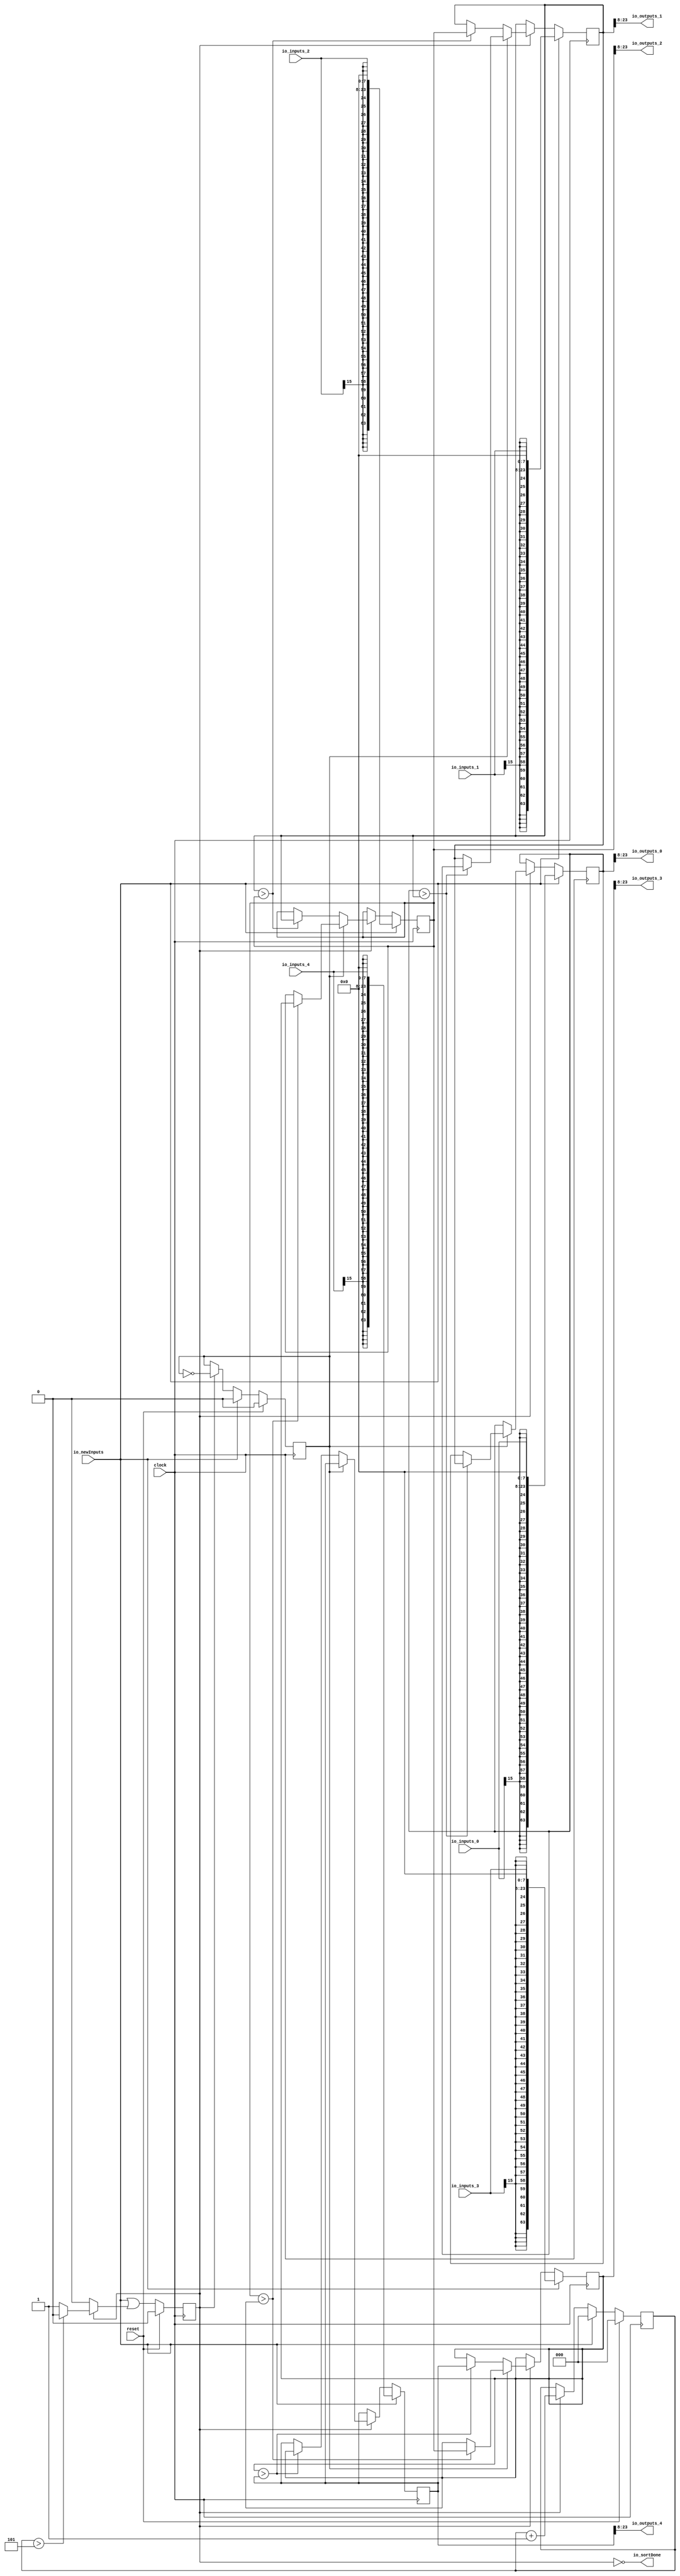
module Sort(
  input         clock,
  input         reset,
  input  [15:0] io_inputs_0,
  input  [15:0] io_inputs_1,
  input  [15:0] io_inputs_2,
  input  [15:0] io_inputs_3,
  input  [15:0] io_inputs_4,
  input         io_newInputs,
  output [15:0] io_outputs_0,
  output [15:0] io_outputs_1,
  output [15:0] io_outputs_2,
  output [15:0] io_outputs_3,
  output [15:0] io_outputs_4,
  output        io_sortDone
);
`ifdef RANDOMIZE_REG_INIT
  reg [63:0] _RAND_0;
  reg [63:0] _RAND_1;
  reg [63:0] _RAND_2;
  reg [63:0] _RAND_3;
  reg [63:0] _RAND_4;
  reg [31:0] _RAND_5;
  reg [31:0] _RAND_6;
  reg [31:0] _RAND_7;
`endif // RANDOMIZE_REG_INIT
  reg [63:0] orderedRegs_0; // @[Sort.scala 21:25]
  reg [63:0] orderedRegs_1; // @[Sort.scala 21:25]
  reg [63:0] orderedRegs_2; // @[Sort.scala 21:25]
  reg [63:0] orderedRegs_3; // @[Sort.scala 21:25]
  reg [63:0] orderedRegs_4; // @[Sort.scala 21:25]
  reg  busy; // @[Sort.scala 22:29]
  reg [2:0] sortCounter; // @[Sort.scala 23:29]
  reg  isEvenCycle; // @[Sort.scala 24:29]
  wire [2:0] _T_45 = sortCounter + 3'h1; // @[Sort.scala 37:32]
  wire  _GEN_0 = sortCounter > 3'h5 ? 1'h0 : busy; // @[Sort.scala 38:37 Sort.scala 39:12 Sort.scala 22:29]
  wire  _GEN_16 = busy ? _GEN_0 : busy; // @[Sort.scala 34:19 Sort.scala 22:29]
  wire [23:0] _GEN_30 = {$signed(io_inputs_0), 8'h0}; // @[Sort.scala 26:22 Sort.scala 28:60]
  wire [23:0] _GEN_31 = {$signed(io_inputs_1), 8'h0}; // @[Sort.scala 26:22 Sort.scala 28:60]
  wire [23:0] _GEN_32 = {$signed(io_inputs_2), 8'h0}; // @[Sort.scala 26:22 Sort.scala 28:60]
  wire [23:0] _GEN_33 = {$signed(io_inputs_3), 8'h0}; // @[Sort.scala 26:22 Sort.scala 28:60]
  wire [23:0] _GEN_34 = {$signed(io_inputs_4), 8'h0}; // @[Sort.scala 26:22 Sort.scala 28:60]
  wire  _GEN_27 = io_newInputs | _GEN_16; // @[Sort.scala 26:22 Sort.scala 30:10]
  wire [55:0] _GEN_35 = orderedRegs_0[63:8]; // @[Sort.scala 68:9]
  wire [55:0] _GEN_37 = orderedRegs_1[63:8]; // @[Sort.scala 68:9]
  wire [55:0] _GEN_39 = orderedRegs_2[63:8]; // @[Sort.scala 68:9]
  wire [55:0] _GEN_41 = orderedRegs_3[63:8]; // @[Sort.scala 68:9]
  wire [55:0] _GEN_43 = orderedRegs_4[63:8]; // @[Sort.scala 68:9]
  assign io_outputs_0 = _GEN_35[15:0]; // @[Sort.scala 68:9]
  assign io_outputs_1 = _GEN_37[15:0]; // @[Sort.scala 68:9]
  assign io_outputs_2 = _GEN_39[15:0]; // @[Sort.scala 68:9]
  assign io_outputs_3 = _GEN_41[15:0]; // @[Sort.scala 68:9]
  assign io_outputs_4 = _GEN_43[15:0]; // @[Sort.scala 68:9]
  assign io_sortDone = ~busy; // @[Sort.scala 64:18]
  always @(posedge clock) begin
    if (io_newInputs) begin // @[Sort.scala 26:22]
      orderedRegs_0 <= {{40{_GEN_30[23]}},_GEN_30}; // @[Sort.scala 28:60]
    end else if (busy) begin // @[Sort.scala 34:19]
      if (isEvenCycle) begin // @[Sort.scala 42:23]
        if ($signed(orderedRegs_0) > $signed(orderedRegs_1)) begin // @[Sort.scala 45:29]
          orderedRegs_0 <= orderedRegs_1; // @[Sort.scala 46:18]
        end
      end
    end
    if (io_newInputs) begin // @[Sort.scala 26:22]
      orderedRegs_1 <= {{40{_GEN_31[23]}},_GEN_31}; // @[Sort.scala 28:60]
    end else if (busy) begin // @[Sort.scala 34:19]
      if (isEvenCycle) begin // @[Sort.scala 42:23]
        if ($signed(orderedRegs_0) > $signed(orderedRegs_1)) begin // @[Sort.scala 45:29]
          orderedRegs_1 <= orderedRegs_0; // @[Sort.scala 47:18]
        end
      end else if ($signed(orderedRegs_1) > $signed(orderedRegs_2)) begin // @[Sort.scala 55:29]
        orderedRegs_1 <= orderedRegs_2; // @[Sort.scala 56:18]
      end
    end
    if (io_newInputs) begin // @[Sort.scala 26:22]
      orderedRegs_2 <= {{40{_GEN_32[23]}},_GEN_32}; // @[Sort.scala 28:60]
    end else if (busy) begin // @[Sort.scala 34:19]
      if (isEvenCycle) begin // @[Sort.scala 42:23]
        if ($signed(orderedRegs_2) > $signed(orderedRegs_3)) begin // @[Sort.scala 45:29]
          orderedRegs_2 <= orderedRegs_3; // @[Sort.scala 46:18]
        end
      end else if ($signed(orderedRegs_1) > $signed(orderedRegs_2)) begin // @[Sort.scala 55:29]
        orderedRegs_2 <= orderedRegs_1; // @[Sort.scala 57:18]
      end
    end
    if (io_newInputs) begin // @[Sort.scala 26:22]
      orderedRegs_3 <= {{40{_GEN_33[23]}},_GEN_33}; // @[Sort.scala 28:60]
    end else if (busy) begin // @[Sort.scala 34:19]
      if (isEvenCycle) begin // @[Sort.scala 42:23]
        if ($signed(orderedRegs_2) > $signed(orderedRegs_3)) begin // @[Sort.scala 45:29]
          orderedRegs_3 <= orderedRegs_2; // @[Sort.scala 47:18]
        end
      end else if ($signed(orderedRegs_3) > $signed(orderedRegs_4)) begin // @[Sort.scala 55:29]
        orderedRegs_3 <= orderedRegs_4; // @[Sort.scala 56:18]
      end
    end
    if (io_newInputs) begin // @[Sort.scala 26:22]
      orderedRegs_4 <= {{40{_GEN_34[23]}},_GEN_34}; // @[Sort.scala 28:60]
    end else if (busy) begin // @[Sort.scala 34:19]
      if (!(isEvenCycle)) begin // @[Sort.scala 42:23]
        if ($signed(orderedRegs_3) > $signed(orderedRegs_4)) begin // @[Sort.scala 55:29]
          orderedRegs_4 <= orderedRegs_3; // @[Sort.scala 57:18]
        end
      end
    end
    if (reset) begin // @[Sort.scala 22:29]
      busy <= 1'h0; // @[Sort.scala 22:29]
    end else begin
      busy <= _GEN_27;
    end
    if (reset) begin // @[Sort.scala 23:29]
      sortCounter <= 3'h0; // @[Sort.scala 23:29]
    end else if (io_newInputs) begin // @[Sort.scala 26:22]
      sortCounter <= 3'h0; // @[Sort.scala 31:17]
    end else if (busy) begin // @[Sort.scala 34:19]
      sortCounter <= _T_45; // @[Sort.scala 37:17]
    end
    if (reset) begin // @[Sort.scala 24:29]
      isEvenCycle <= 1'h0; // @[Sort.scala 24:29]
    end else if (io_newInputs) begin // @[Sort.scala 26:22]
      isEvenCycle <= 1'h0; // @[Sort.scala 32:17]
    end else if (busy) begin // @[Sort.scala 34:19]
      isEvenCycle <= ~isEvenCycle; // @[Sort.scala 35:17]
    end
  end
// Register and memory initialization
`ifdef RANDOMIZE_GARBAGE_ASSIGN
`define RANDOMIZE
`endif
`ifdef RANDOMIZE_INVALID_ASSIGN
`define RANDOMIZE
`endif
`ifdef RANDOMIZE_REG_INIT
`define RANDOMIZE
`endif
`ifdef RANDOMIZE_MEM_INIT
`define RANDOMIZE
`endif
`ifndef RANDOM
`define RANDOM $random
`endif
`ifdef RANDOMIZE_MEM_INIT
  integer initvar;
`endif
`ifndef SYNTHESIS
`ifdef FIRRTL_BEFORE_INITIAL
`FIRRTL_BEFORE_INITIAL
`endif
initial begin
  `ifdef RANDOMIZE
    `ifdef INIT_RANDOM
      `INIT_RANDOM
    `endif
    `ifndef VERILATOR
      `ifdef RANDOMIZE_DELAY
        #`RANDOMIZE_DELAY begin end
      `else
        #0.002 begin end
      `endif
    `endif
`ifdef RANDOMIZE_REG_INIT
  _RAND_0 = {2{`RANDOM}};
  orderedRegs_0 = _RAND_0[63:0];
  _RAND_1 = {2{`RANDOM}};
  orderedRegs_1 = _RAND_1[63:0];
  _RAND_2 = {2{`RANDOM}};
  orderedRegs_2 = _RAND_2[63:0];
  _RAND_3 = {2{`RANDOM}};
  orderedRegs_3 = _RAND_3[63:0];
  _RAND_4 = {2{`RANDOM}};
  orderedRegs_4 = _RAND_4[63:0];
  _RAND_5 = {1{`RANDOM}};
  busy = _RAND_5[0:0];
  _RAND_6 = {1{`RANDOM}};
  sortCounter = _RAND_6[2:0];
  _RAND_7 = {1{`RANDOM}};
  isEvenCycle = _RAND_7[0:0];
`endif // RANDOMIZE_REG_INIT
  `endif // RANDOMIZE
end // initial
`ifdef FIRRTL_AFTER_INITIAL
`FIRRTL_AFTER_INITIAL
`endif
`endif // SYNTHESIS
endmodule